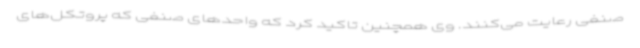
صنفی رعایت می‌کنند. وی همچنین تاکید کرد که واحدهای صنفی که پروتکل‌های